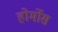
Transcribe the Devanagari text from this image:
होर्मोस